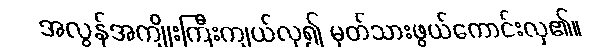
အလွန်အကျိုးကြီးကျယ်လှ၍ မှတ်သားဖွယ်ကောင်းလှ၏။